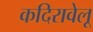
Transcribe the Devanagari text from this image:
कदिरावेलू